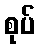
စုပ်